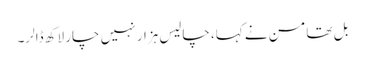
بل تھامسن نے کہا، چالیس ہزار نہیں چار لاکھ ڈالر۔